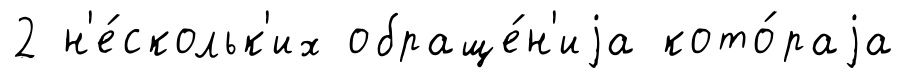
2 н'е́скольк'их обраще́н'иjа кото́раjа